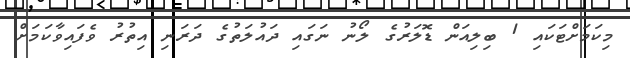
މިކަމަށްޓަކައި 1 ބިލިއަން ޑޮލަރުގެ ލޯނު ނަގައި ދައުލަތުގެ ދަރަނި އިތުރު ވެފައިވާކަމަށް